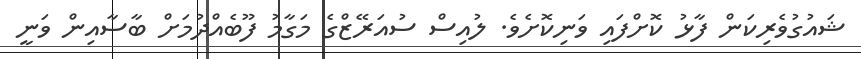
ޝައުގުވެރިކަން ފާޅު ކޮށްފައި ވަނިކޮށެވެ. ލުއިސް ސުއަރޭޒްގެ މަގާމު ފޫބެއްދުމަށް ބާސާއިން ވަނީ